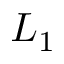
L _ { 1 }